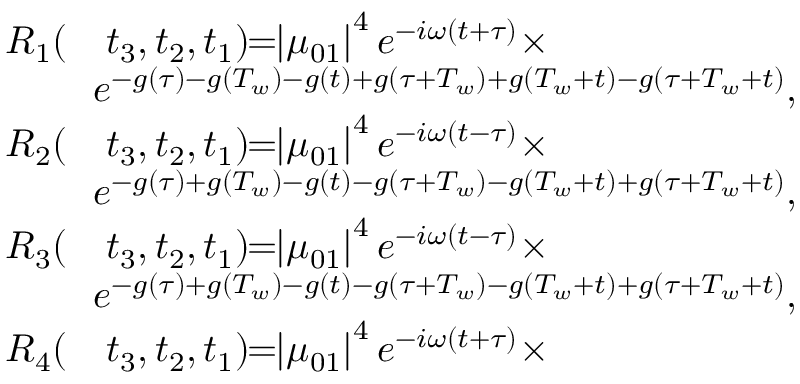
\begin{array} { r l } { R _ { 1 } ( } & { { } t _ { 3 } , t _ { 2 } , t _ { 1 } ) \! \! = \! \! \left| \mu _ { 0 1 } \right| ^ { 4 } e ^ { - i \omega ( t + \tau ) } \times } \\ { \! \! } & { { } \! \! e ^ { - g ( \tau ) - g ( T _ { w } ) - g ( t ) + g ( \tau + T _ { w } ) + g ( T _ { w } + t ) - g ( \tau + T _ { w } + t ) } , } \\ { R _ { 2 } ( } & { { } t _ { 3 } , t _ { 2 } , t _ { 1 } ) \! \! = \! \! \left| \mu _ { 0 1 } \right| ^ { 4 } e ^ { - i \omega ( t - \tau ) } \times } \\ { \! \! } & { { } \! \! e ^ { - g ( \tau ) + g ( T _ { w } ) - g ( t ) - g ( \tau + T _ { w } ) - g ( T _ { w } + t ) + g ( \tau + T _ { w } + t ) } , } \\ { R _ { 3 } ( } & { { } t _ { 3 } , t _ { 2 } , t _ { 1 } ) \! \! = \! \! \left| \mu _ { 0 1 } \right| ^ { 4 } e ^ { - i \omega ( t - \tau ) } \times } \\ { \! \! } & { { } \! \! e ^ { - g ( \tau ) + g ( T _ { w } ) - g ( t ) - g ( \tau + T _ { w } ) - g ( T _ { w } + t ) + g ( \tau + T _ { w } + t ) } , } \\ { R _ { 4 } ( } & { { } t _ { 3 } , t _ { 2 } , t _ { 1 } ) \! \! = \! \! \left| \mu _ { 0 1 } \right| ^ { 4 } e ^ { - i \omega ( t + \tau ) } \times } \end{array}